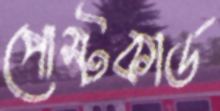
পোস্টকার্ড